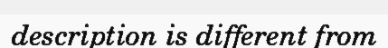
description is different from